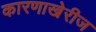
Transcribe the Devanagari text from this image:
कारणाखेरीज